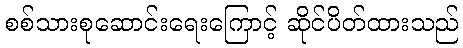
စစ်သားစုဆောင်းရေးကြောင့် ဆိုင်ပိတ်ထားသည်